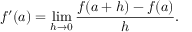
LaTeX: f ^ { \prime } ( a ) = \operatorname* { l i m } _ { h \to 0 } { \frac { f ( a + h ) - f ( a ) } { h } } .